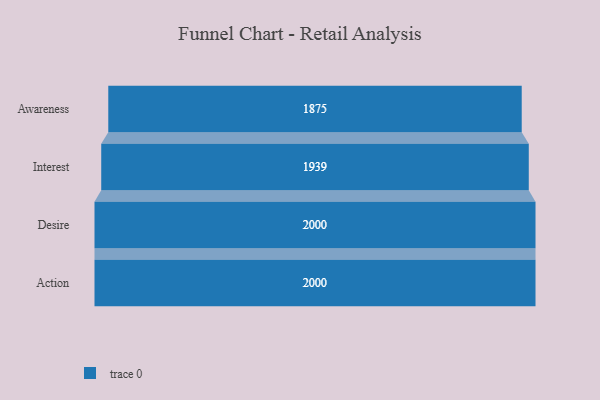
{"axis": {"x": "Stage", "y": "Value"}, "legend": [""], "data": [{"x": "Awareness", "y": 1875.0, "type": ""}, {"x": "Interest", "y": 1939.0, "type": ""}, {"x": "Desire", "y": 2000, "type": ""}, {"x": "Action", "y": 2000, "type": ""}]}